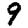
Digit: 9